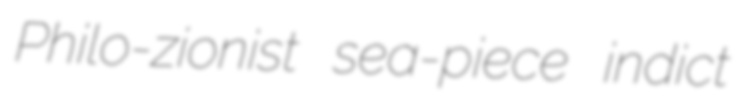
Philo-zionist sea-piece indict